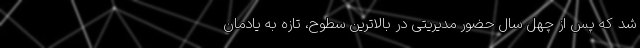
شد که پس از چهل سال حضور مدیریتی در بالاترین سطوح، تازه به یادمان